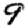
Digit: 9